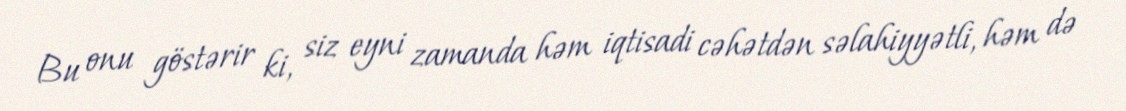
Bu onu göstərir ki, siz eyni zamanda həm iqtisadi cəhətdən səlahiyyətli, həm də